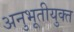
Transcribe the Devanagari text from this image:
अनुभूतीयुक्त